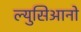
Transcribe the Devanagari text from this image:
ल्युसिआनो